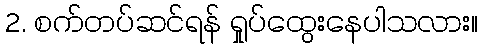
2. စက်တပ်ဆင်ရန် ရှုပ်ထွေးနေပါသလား။